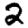
Digit: 2